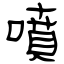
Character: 喷